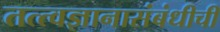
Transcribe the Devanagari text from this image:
तत्त्वज्ञानासंबंधीची